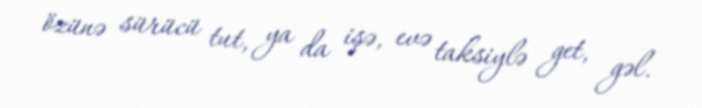
özünə sürücü tut, ya da işə, evə taksiylə get, gəl.